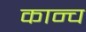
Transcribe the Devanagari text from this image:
कान्च